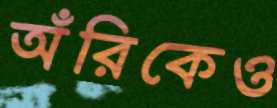
অঁরিকেও